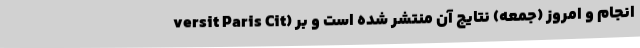
versit Paris Cit) انجام و امروز (جمعه) نتایج آن منتشر شده است و بر